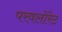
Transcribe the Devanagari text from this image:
परवलोरेट